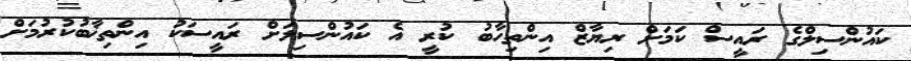
ކައުންސިލްގެ ރައީސް ކަމަށް ރިޔާޒް އިންތިހާބު ކުރީ އެ ކައުންސިލަށް ރައީސަކު އިންތިޚާބުކުރުމަށް